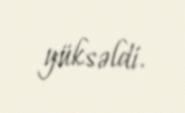
yüksəldi.